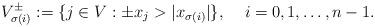
LaTeX: \begin{align*}V_{\sigma(i)}^\pm:=\{j\in V:\pm x_j> |x_{\sigma(i)}|\},\;\;\;\; i=0,1,\ldots,n-1.\end{align*}